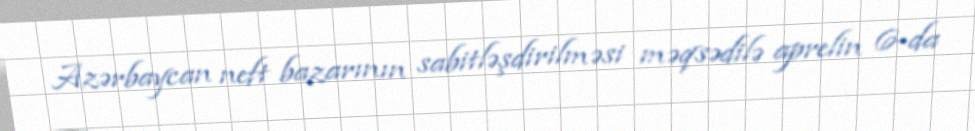
Azərbaycan neft bazarının sabitləşdirilməsi məqsədilə aprelin 6-da